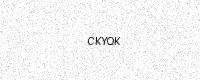
Text: CKYQK